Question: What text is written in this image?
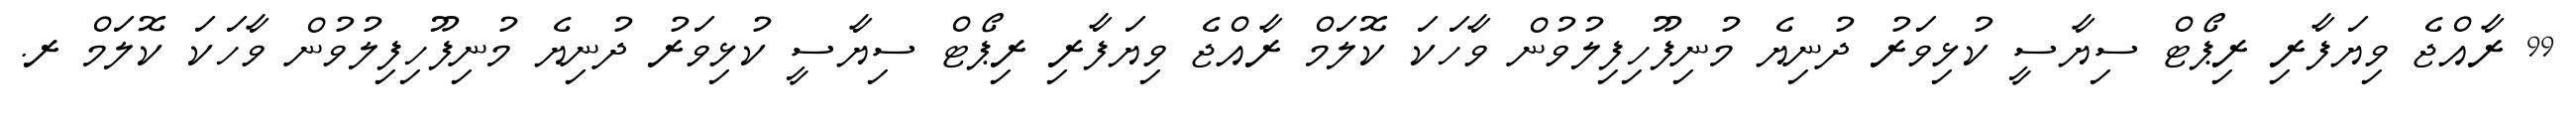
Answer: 99 ރާއްޖެ ވިޔަފާރި ރިޕޯޓް ސިޔާސީ ކުޅިވަރު ދުނިޔެ މުނިފޫހިފިލުވުން ވާހަކަ ކޮލަމް ރާއްޖެ ވިޔަފާރި ރިޕޯޓް ސިޔާސީ ކުޅިވަރު ދުނިޔެ މުނިފޫހިފިލުވުން ވާހަކަ ކޮލަމް ރ.